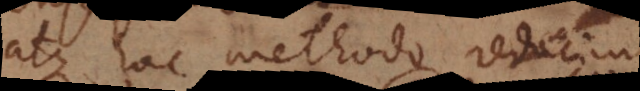
atque hac methodo reducimus